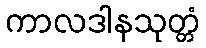
ကာလဒါနသုတ္တံ